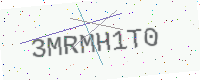
Text: 3MRMH1T0